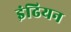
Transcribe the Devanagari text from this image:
इंढियन